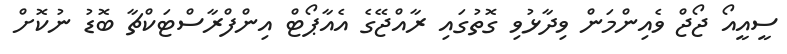
ސީއީއޯ ޖޯޖް ވެއިންމަން ވިދާޅުވި ގޮތުގައި ރާއްޖޭގެ އެއާޕޯޓް އިންފްރާސްޓަކްޗާ ބޮޑު ނުކޮށް